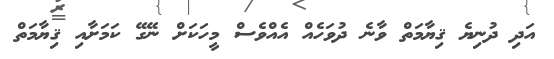
އަދި ދުނިޔެ ޤިޔާމަތް ވާނެ ދުވަހެއް އެއްވެސް މީހަކަށް ނޭގޭ ކަމަށާއި ޤިޔާމަތް